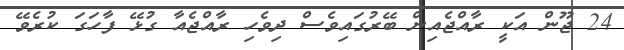
24 ޖޫން އަކީ ރާއްޖެއިން ބޭރުގައިވެސް ދިވެހި ރާއްޖެއާ ގުޅޭ ފާހަގަ ކުރެވޭ